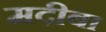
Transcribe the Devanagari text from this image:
मदीबा